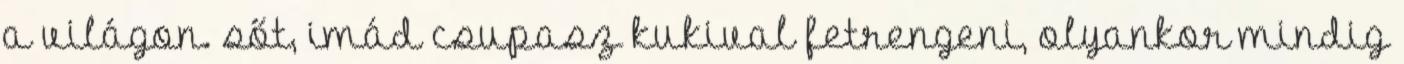
a világon. sőt, imád csupasz kukival fetrengeni, olyankor mindig